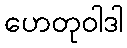
ဟေတုဝါဒါ